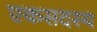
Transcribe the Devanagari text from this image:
एकसदस्य